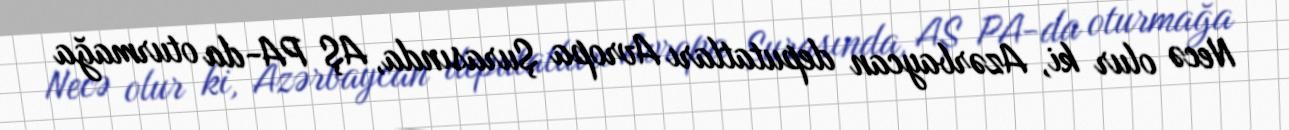
Necə olur ki, Azərbaycan deputatları Avropa Şurasında, AŞ PA-da oturmağa